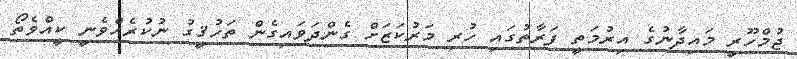
ޖުމްހޫރީ މައިދާނުގެ އިރުމަތީ ފަރާތުގައި ހުރި މަރުކަޒަށް ގެންދަވައިގެން ތަހުޤީގު ނުކުރެއްވެނީ ކީއެްވެތޯ